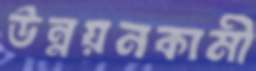
উন্নয়নকামী